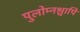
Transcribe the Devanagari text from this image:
पुलोम्नश्चापि